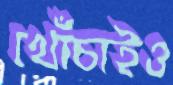
খোঁচাইও